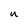
Character: u